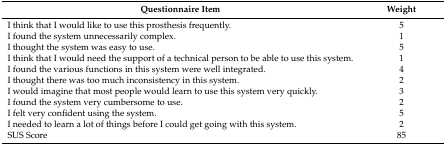
| Questionnaire Item | Weight |
 | --- | --- |
 | I think that I would like to use this prosthesis frequently. | 5 |
 | I found the system unnecessarily complex. | 1 |
 | I thought the system was easy to use. | 5 |
 | I think that I would need the support of a technical person to be able to use this system. | 1 |
 | I found the various functions in this system were well integrated. | 4 |
 | I thought there was too much inconsistency in this system. | 2 |
 | I would imagine that most people would learn to use this system very quickly. | 3 |
 | I found the system very cumbersome to use. | 2 |
 | I felt very confident using the system. | 5 |
 | I needed to learn a lot of things before I could get going with this system. | 2 |
 | SUS Score | 85 |